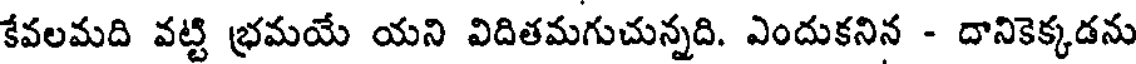
కేవలమది వట్టి భ్రమయే యని విదితమగుచున్నది. ఎందుకనిన - దానికెక్కడను